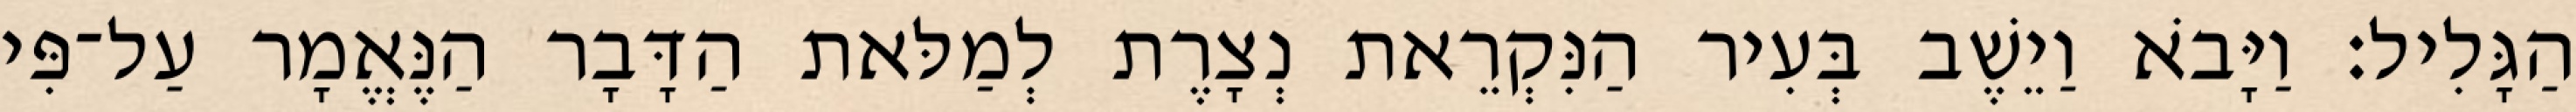
הַגָּלִיל׃ וַיָּבֹא וַיֵשֶׁב בְּעִיר הַנִּקְרֵאת נְצָרֶת לְמַלּאת הַדָּבָר הַנֶּאֱמָר עַל־פִּי